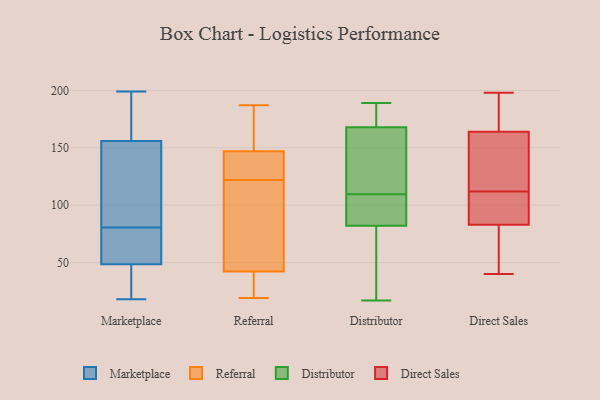
{"axis": {"x": "Headcount", "y": "Value"}, "legend": ["Direct Sales", "Distributor", "Marketplace", "Referral"], "data": [{"x": "", "y": 82, "type": "Marketplace"}, {"x": "", "y": 187, "type": "Marketplace"}, {"x": "", "y": 79, "type": "Marketplace"}, {"x": "", "y": 132, "type": "Marketplace"}, {"x": "", "y": 66, "type": "Marketplace"}, {"x": "", "y": 40, "type": "Marketplace"}, {"x": "", "y": 199, "type": "Marketplace"}, {"x": "", "y": 180, "type": "Marketplace"}, {"x": "", "y": 34, "type": "Marketplace"}, {"x": "", "y": 111, "type": "Marketplace"}, {"x": "", "y": 18, "type": "Marketplace"}, {"x": "", "y": 57, "type": "Marketplace"}, {"x": "", "y": 28, "type": "Referral"}, {"x": "", "y": 141, "type": "Referral"}, {"x": "", "y": 134, "type": "Referral"}, {"x": "", "y": 89, "type": "Referral"}, {"x": "", "y": 149, "type": "Referral"}, {"x": "", "y": 70, "type": "Referral"}, {"x": "", "y": 182, "type": "Referral"}, {"x": "", "y": 19, "type": "Referral"}, {"x": "", "y": 122, "type": "Referral"}, {"x": "", "y": 135, "type": "Referral"}, {"x": "", "y": 24, "type": "Referral"}, {"x": "", "y": 187, "type": "Referral"}, {"x": "", "y": 176, "type": "Referral"}, {"x": "", "y": 67, "type": "Referral"}, {"x": "", "y": 34, "type": "Referral"}, {"x": "", "y": 189, "type": "Distributor"}, {"x": "", "y": 168, "type": "Distributor"}, {"x": "", "y": 64, "type": "Distributor"}, {"x": "", "y": 80, "type": "Distributor"}, {"x": "", "y": 189, "type": "Distributor"}, {"x": "", "y": 107, "type": "Distributor"}, {"x": "", "y": 110, "type": "Distributor"}, {"x": "", "y": 17, "type": "Distributor"}, {"x": "", "y": 121, "type": "Distributor"}, {"x": "", "y": 85, "type": "Distributor"}, {"x": "", "y": 182, "type": "Distributor"}, {"x": "", "y": 177, "type": "Distributor"}, {"x": "", "y": 109, "type": "Distributor"}, {"x": "", "y": 82, "type": "Distributor"}, {"x": "", "y": 50, "type": "Distributor"}, {"x": "", "y": 86, "type": "Distributor"}, {"x": "", "y": 146, "type": "Distributor"}, {"x": "", "y": 136, "type": "Distributor"}, {"x": "", "y": 198, "type": "Direct Sales"}, {"x": "", "y": 168, "type": "Direct Sales"}, {"x": "", "y": 144, "type": "Direct Sales"}, {"x": "", "y": 52, "type": "Direct Sales"}, {"x": "", "y": 40, "type": "Direct Sales"}, {"x": "", "y": 81, "type": "Direct Sales"}, {"x": "", "y": 139, "type": "Direct Sales"}, {"x": "", "y": 80, "type": "Direct Sales"}, {"x": "", "y": 96, "type": "Direct Sales"}, {"x": "", "y": 163, "type": "Direct Sales"}, {"x": "", "y": 112, "type": "Direct Sales"}, {"x": "", "y": 89, "type": "Direct Sales"}, {"x": "", "y": 164, "type": "Direct Sales"}, {"x": "", "y": 45, "type": "Direct Sales"}, {"x": "", "y": 164, "type": "Direct Sales"}, {"x": "", "y": 98, "type": "Direct Sales"}, {"x": "", "y": 91, "type": "Direct Sales"}, {"x": "", "y": 197, "type": "Direct Sales"}, {"x": "", "y": 179, "type": "Direct Sales"}]}